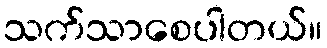
သက်သာစေပါတယ်။